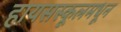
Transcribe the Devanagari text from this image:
हायसस्कूलमधून